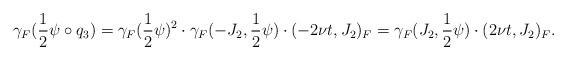
LaTeX: \begin{align*} \gamma_F(\frac{1}{2} \psi \circ q_3) = \gamma_F(\frac{1}{2} \psi)^2 \cdot \gamma_F(-J_2, \frac{1}{2} \psi) \cdot (-2 \nu t, J_2)_F = \gamma_F(J_2, \frac{1}{2} \psi) \cdot (2 \nu t, J_2)_F.\end{align*}